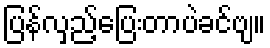
ပြန်လှည့်ပြေးတာပဲခင်ဗျ။